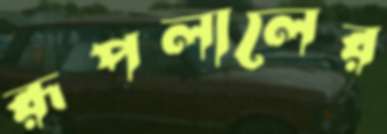
রূপলালের